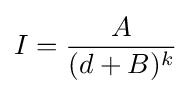
I={\frac {A}{(d+B)^{k}}}